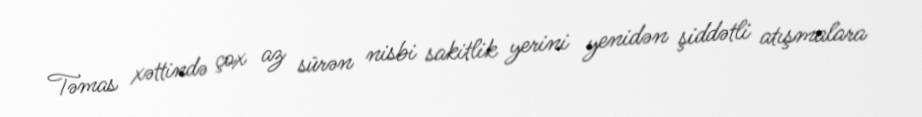
Təmas xəttində çox az sürən nisbi sakitlik yerini yenidən şiddətli atışmalara